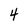
Character: 4